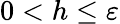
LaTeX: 0<h\leq\varepsilon